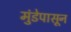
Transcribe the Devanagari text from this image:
मुंडेपासून